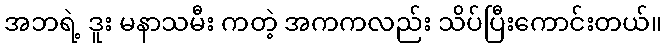
အဘရဲ့ ဒူး မနာသမီး ကတဲ့ အကကလည်း သိပ်ပြီးကောင်းတယ်။